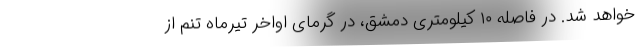
خواهد شد. در فاصله ۱۰ کیلومتری دمشق، در گرمای اواخر تیرماه تنم از